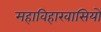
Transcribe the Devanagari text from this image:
महाविहारवासियों